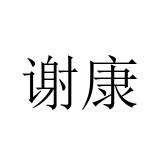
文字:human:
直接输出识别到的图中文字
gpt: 谢康